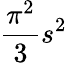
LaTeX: \frac{\pi^{2}}{3}s^{2}